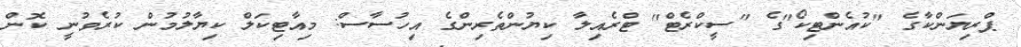
ޕްރިޔަންކާގެ "ކުއެންޓިކޯ"ގެ "ސީކްރެޓް" ޓްރެއިލާ ކިޔުންތެރިންގެ އިހުސާސް: މިއާޓިކަލް ކިޔާލުމުން ކުރެވުނީ ކޮން